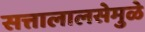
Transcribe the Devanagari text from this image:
सत्तालालसेमुळे